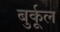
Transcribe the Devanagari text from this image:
बुर्कूल